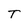
Character: T